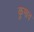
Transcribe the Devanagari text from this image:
कुमाव